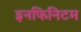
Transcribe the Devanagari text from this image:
इनफिनिटम